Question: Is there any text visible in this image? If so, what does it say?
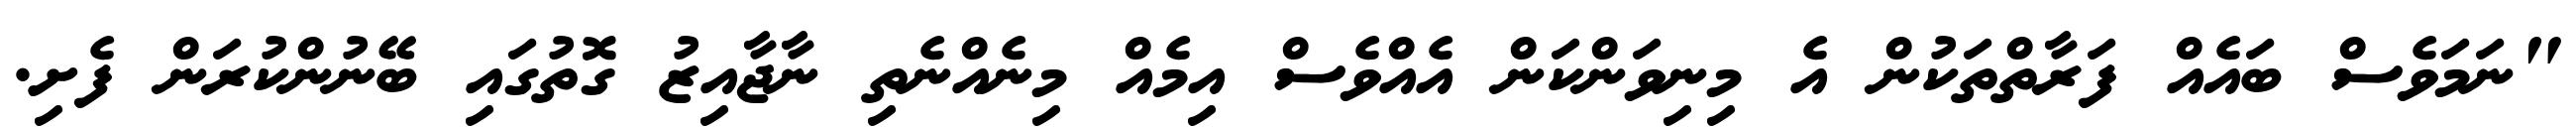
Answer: "ނަމަވެސް ބައެއް ފަރާތްތަކުން އެ މިނިވަންކަން އެއްވެސް އިމެއް މިނެއްނެތި ނާޖާއިޒު ގޮތުގައި ބޭނުންކުރަން ފެށި.